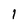
Character: I